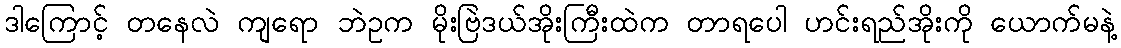
ဒါကြောင့် တနေလဲ ကျရော ဘဲဥက မိုးဗြဲဒယ်အိုးကြီးထဲက တာရပေါ ဟင်းရည်အိုးကို ယောက်မနဲ့